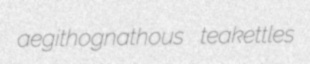
aegithognathous teakettles